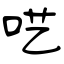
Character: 呓